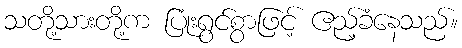
သတို့သားတို့က ပြုံးရွင်စွာဖြင့် ဧည့်ခံနေသည်။